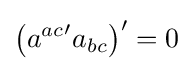
{\left({a^{ac}}^{\prime }a_{bc}\right)}^{\prime }=0